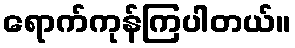
ရောက်ကုန်ကြပါတယ်။